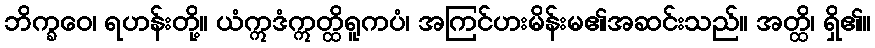
ဘိက္ခဝေ၊ ရဟန်းတို့။ ယံဣဒံဣတ္ထိရူကပံ၊ အကြင်ဟးမိန်းမ၏အဆင်းသည်။ အတ္ထိ၊ ရှိ၏။